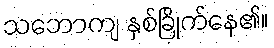
သဘောကျ နှစ်ခြိုက်နေ၏။